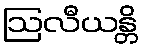
ဩလီယန္တိ